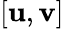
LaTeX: [\mathbf{u},\mathbf{v}]